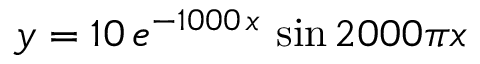
y = 1 0 \, e ^ { - 1 0 0 0 \, x } \, \sin { 2 0 0 0 \pi x }